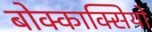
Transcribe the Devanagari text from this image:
बोक्काक्सियो